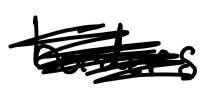
Text: borders.
Cross-out: scratch
Writing tool: digital_black